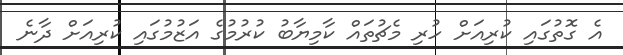
އެ ގޮތުގައި ކުރިއަށް ހުރި މެޗުތައް ކާމިޔާބު ކުރުމުގެ އަޒުމުގައި ކުރިއަށް ދާނެ